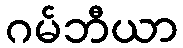
ဂမ်ဘီယာ